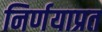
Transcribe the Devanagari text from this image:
निर्णयाप्रत